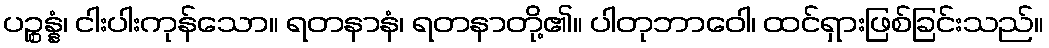
ပဉ္စန္နံ၊ ငါးပါးကုန်သော။ ရတနာနံ၊ ရတနာတို့၏။ ပါတုဘာဝေါ၊ ထင်ရှားဖြစ်ခြင်းသည်။